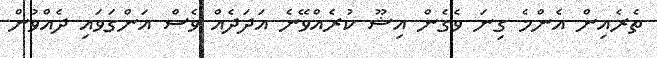
ތެރެއިން އެންމެ ގިނަ ވެގެން އިޝޫ ކުރެއްވޭނެ އަދަދެއް ވެސް އަންގަވައި ދެއްވުން